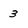
Character: 3